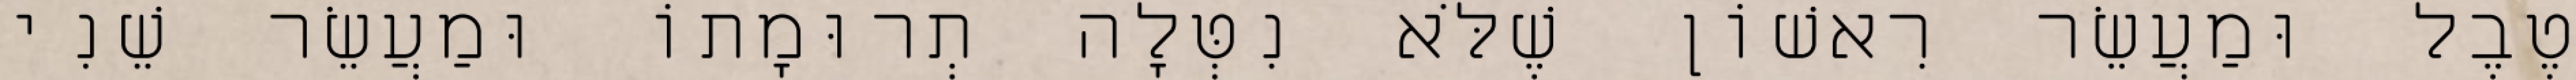
טֶבֶל וּמַעֲשֵׂר רִאשׁוֹן שֶׁלֹּא נִטְּלָה תְרוּמָתוֹ וּמַעֲשֵׂר שֵׁנִי